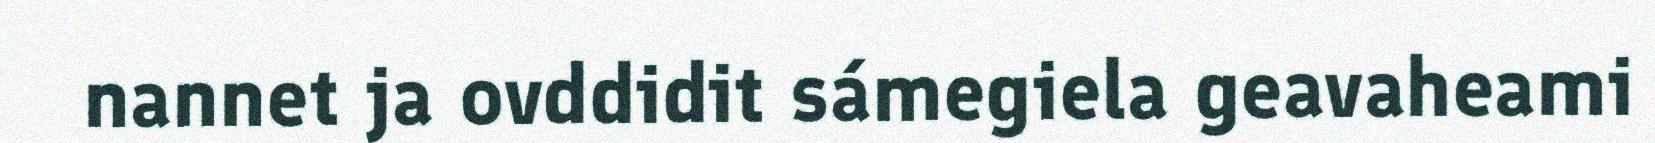
nannet ja ovddidit sámegiela geavaheami